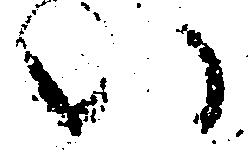
い